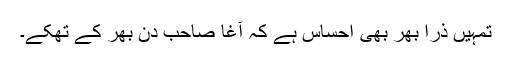
تمہیں ذرا بھر بھی احساس ہے کہ آغا صاحب دن بھر کے تھکے۔